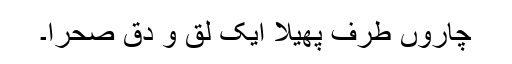
چاروں طرف پھیلا ایک لق و دق صحرا۔